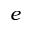
e